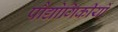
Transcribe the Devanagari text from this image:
पौद्योगिकीयों